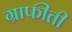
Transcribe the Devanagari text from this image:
ग्राफीती